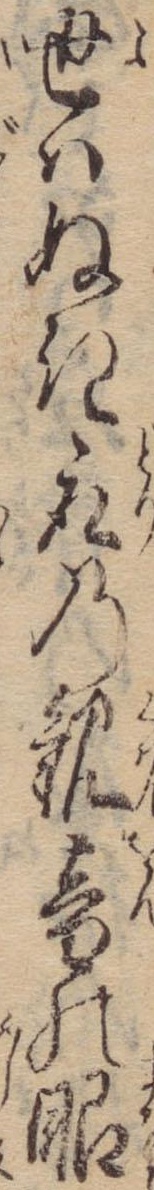
世はぬき取の観音の眼